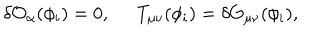
\delta { \cal O } _ { \alpha } ( \phi _ { i } ) = 0 , \; \; T _ { \mu \nu } ( \phi _ { i } ) = \delta G _ { \mu \nu } ( \phi _ { i } ) ,